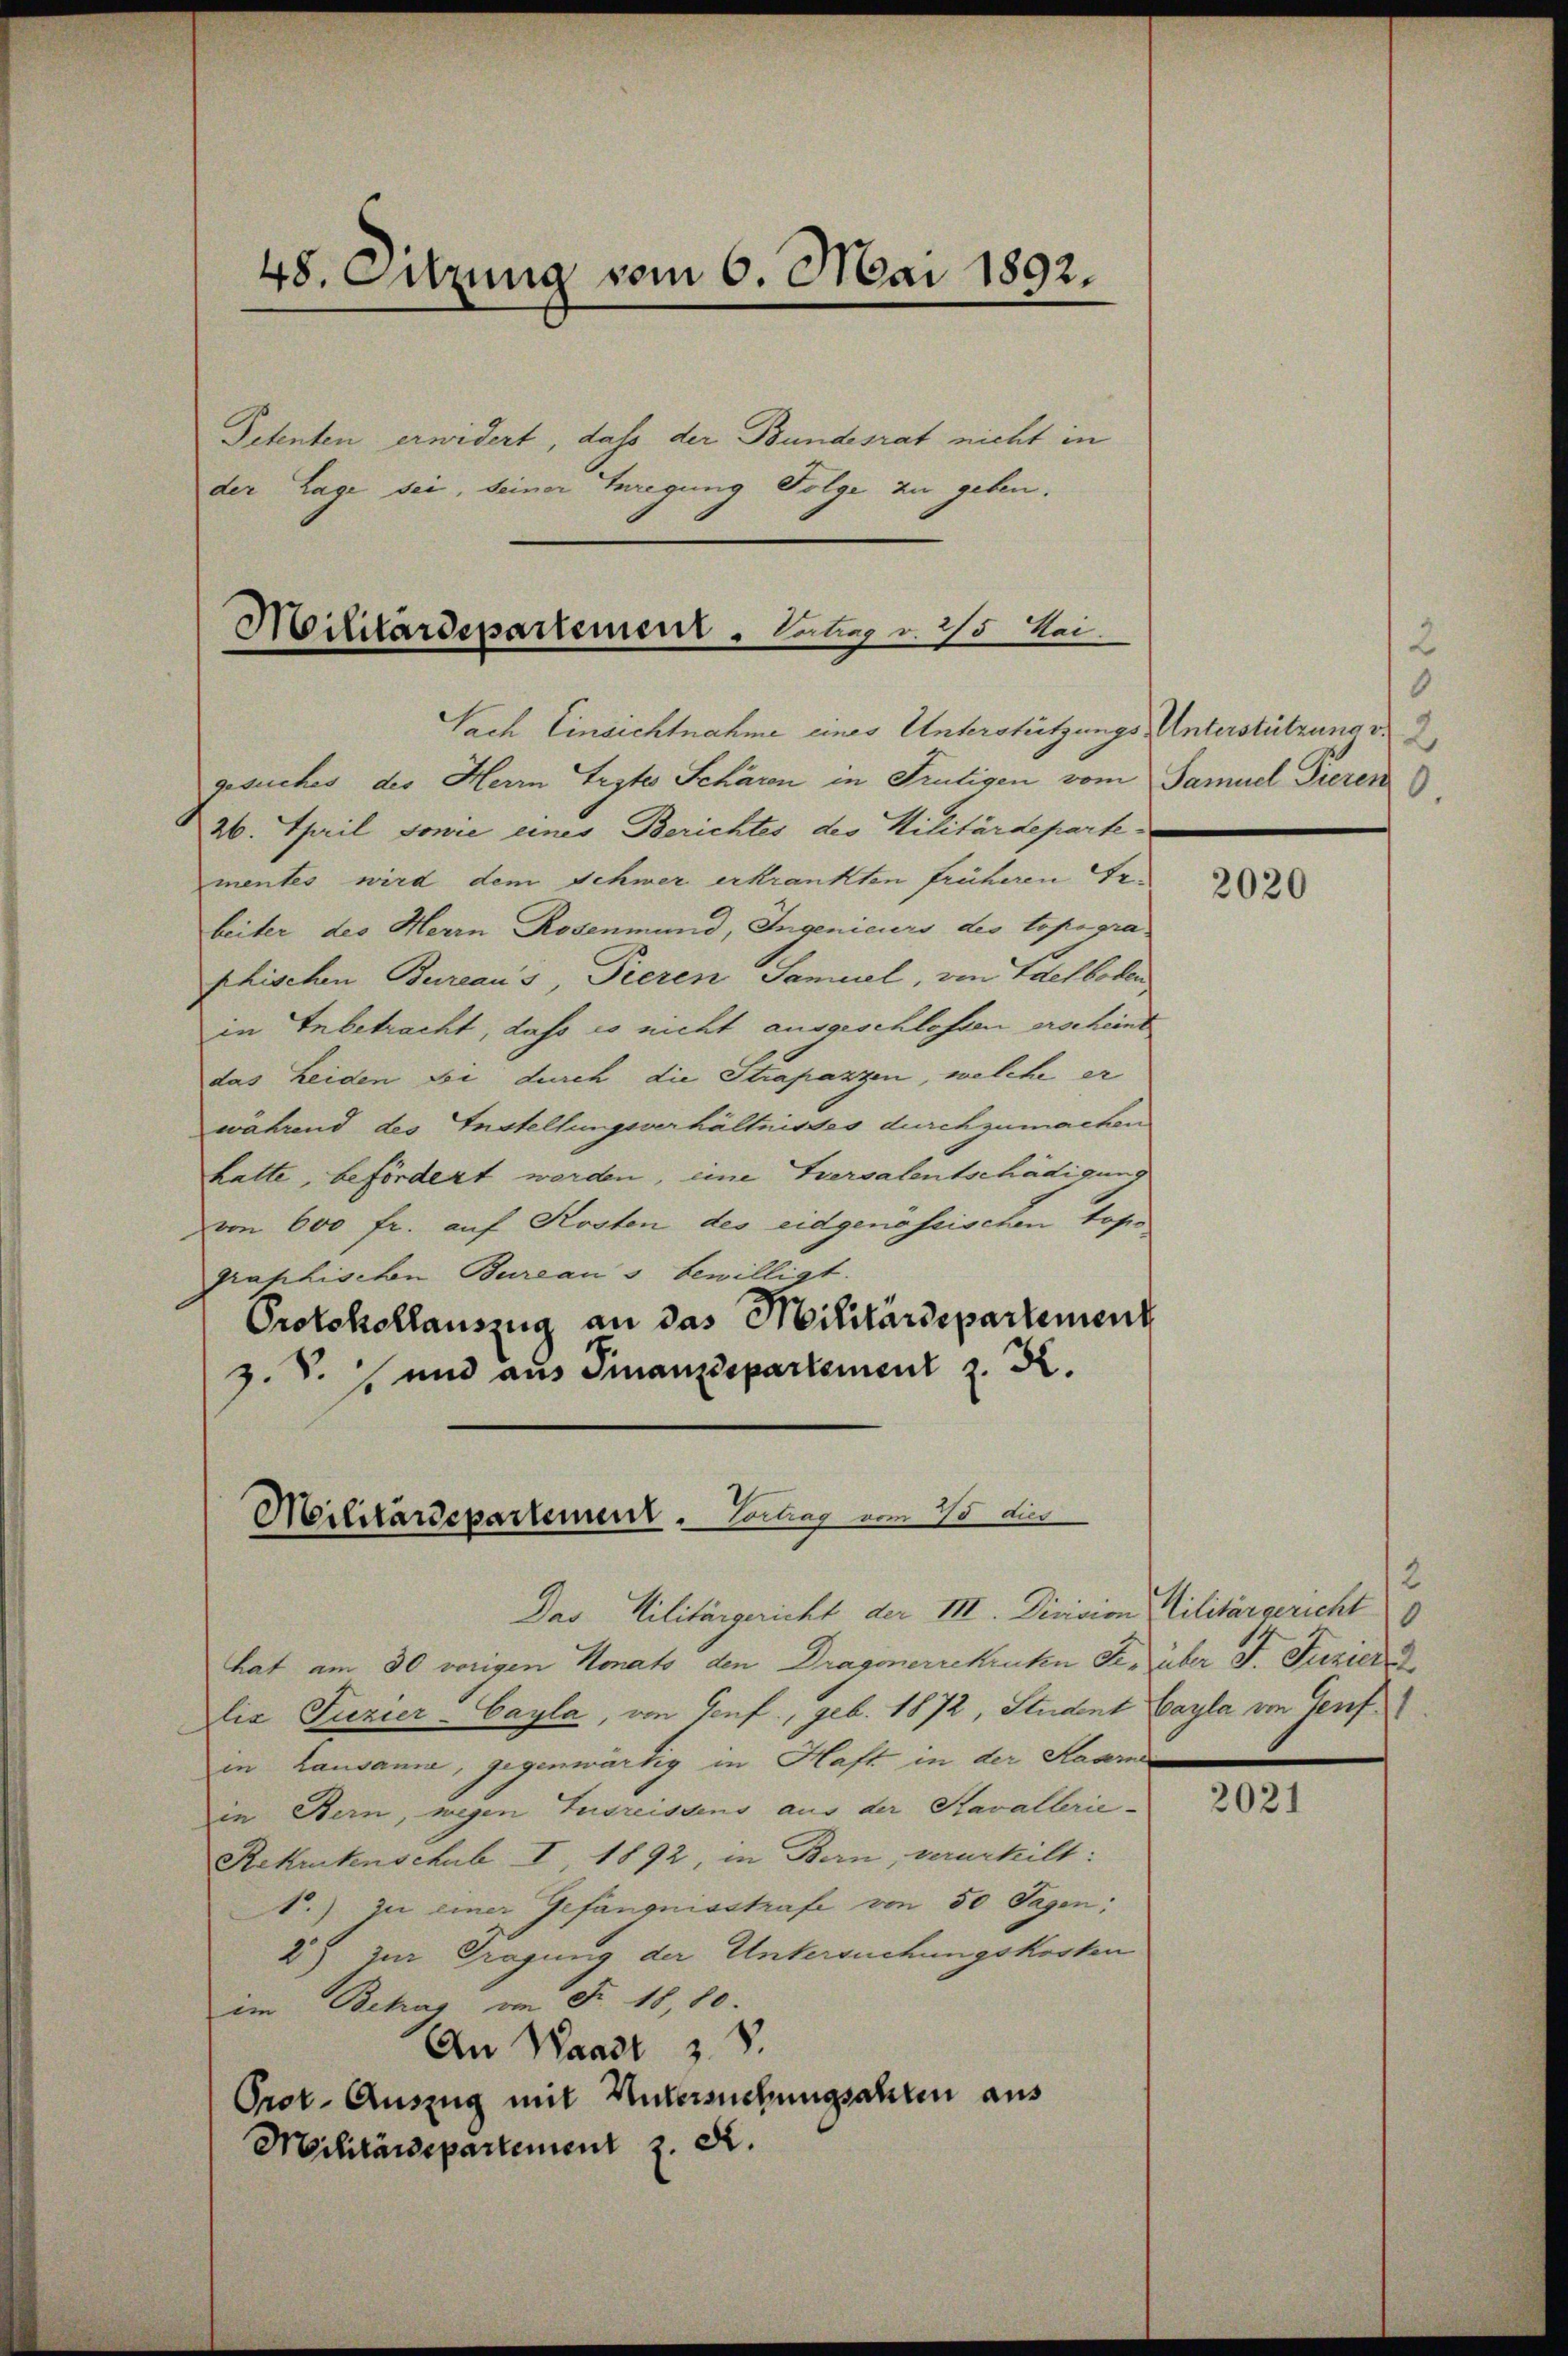
48. Suzung vom 6. Mai 1892.

Detenten erwidert, dass der Bundesrat nicht in
der Lage sei, seiner Anregung Folge zu geben.

Militärdepartement - Leben v. 25 Mai.

Militärdepartement. Vortrag vom 10 dies

Nach Einsichtnahme eines Unterstützungs Unterstützung v. 2
gesuches des Herrn Teyte Schären in Frutigen vom Samuel Tieren
26. April sowie eines Berichtes des Militärdepartementes wird dem Schwer erkrankten früheren Erbeiter des Herrn Rosenmund, Ingenieurs des topogra
phischen Bureaus, Pieren Samuel, von Laesboten
in Inbetracht, daß es nicht ausgeschlossen erscheint
das Leiden sei durch die Strapazzen, welche er
während des Instellungsverhältnisses durchzumachen
hatte, befördert werden, eine Versalentschädigung
von 600 fr. auf Kosten des eidgenössischen topo
graphischen Bureau s bewilligt.
Protokollauszug an das Militärdepartement
z. S. und aus Finanzdepartement z. R.

2
0

Das Militärgericht der III. Division Militärgericht
hat am 30 vorigen Monats den Dragonerrekruten Se. über J. Fuzier
lia Fuzier-Cayla, von Genf, geb. 1872, Student Cayla im Genf
in Lausama, gegenwärtig in Haft in der Haar
in Bern, wegen Zugreisdens aus der Kavallerie-
Rekrutenschub I 1892, in Bern, verurhilt:
N.) zu einer Gefängnisstrafe von 50 Tagen:
87 zur Tragung der Untersuchungskosten
im Betrag an Fr. 18, 10.
An Waadt z. S.
Prot. Auszug mit Untersuchungsahren aus
Militärdepartement z. d.

2020

2

2021